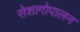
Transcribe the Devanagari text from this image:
सेशागोपालन